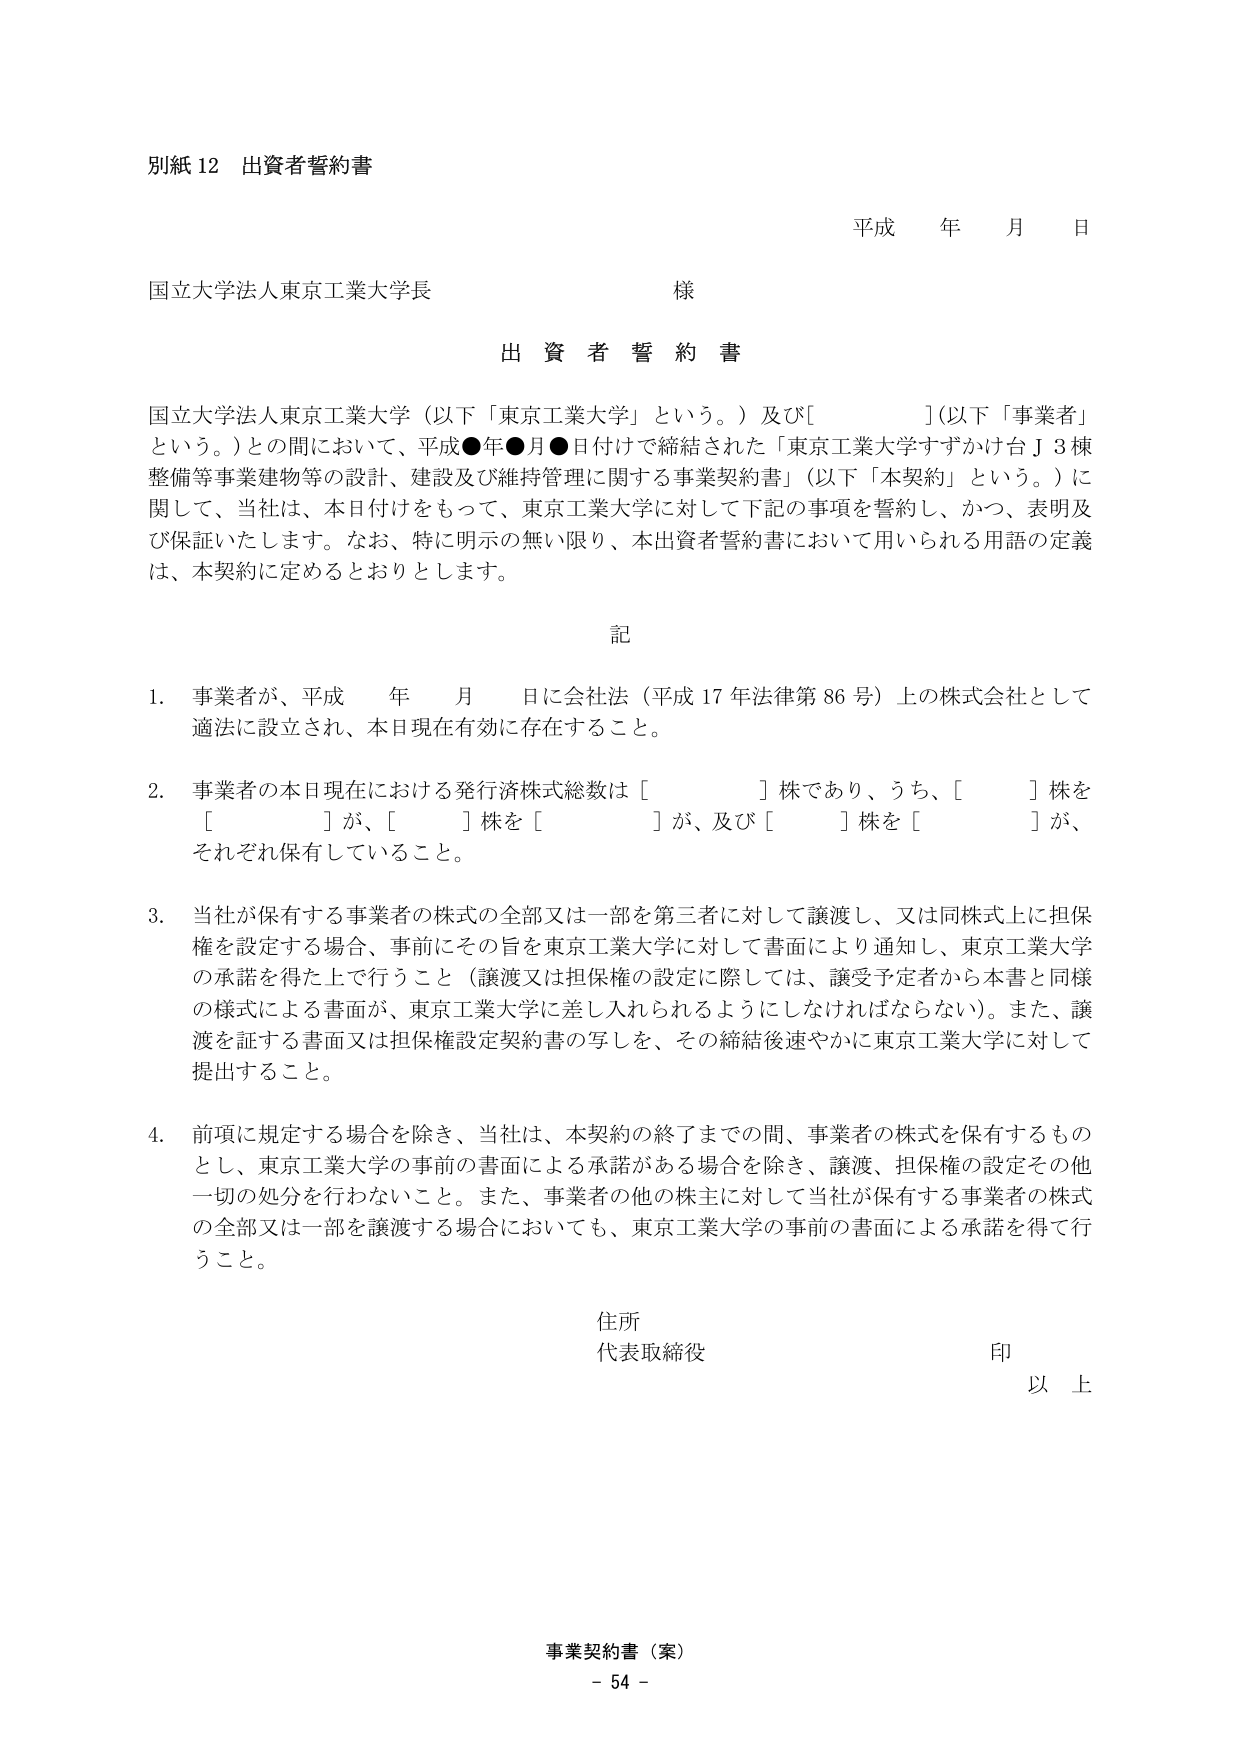
別紙12 出資者誓約書

平成 年 月 日

国立大学法人東京工業大学長 様

出 資 者 誓 約 書

国立大学法人東京工業大学（以下「東京工業大学」という。）及び[　　　　　　]（以下「事業者」という。）との間において、平成●年●月●日付けで締結された「東京工業大学すずかけ台Ｊ３棟整備等事業建物等の設計、建設及び維持管理に関する事業契約書」（以下「本契約」という。）に関して、当社は、本日付けをもって、東京工業大学に対して下記の事項を誓約し、かつ、表明及び保証いたします。なお、特に明示の無い限り、本出資者誓約書において用いられる用語の定義は、本契約に定めるとおりとします。

記

1. 事業者が、平成　年　月　日に会社法（平成17年法律第86号）上の株式会社として適法に設立され、本日現在有効に存在すること。

2. 事業者の本日現在における発行済株式総数は[　　　　　　]株であり、うち、[　　　　　　]株を[　　　　　　]が、[　　　　　　]株を[　　　　　　]が、及び[　　　　　　]株を[　　　　　　]が、それぞれ保有していること。

3. 当社が保有する事業者の株式の全部又は一部を第三者に対して譲渡し、又は同株式上に担保権を設定する場合、事前にその旨を東京工業大学に対して書面により通知し、東京工業大学の承諾を得た上で行うこと（譲渡又は担保権の設定に際しては、譲受予定者から本書と同様の様式による書面が、東京工業大学に差し入れられるようにしなければならない）。また、譲渡を証する書面又は担保権設定契約書の写しを、その締結後速やかに東京工業大学に対して提出すること。

4. 前項に規定する場合を除き、当社は、本契約の終了までの間、事業者の株式を保有するものとし、東京工業大学の事前の書面による承諾がある場合を除き、譲渡、担保権の設定その他一切の処分を行わないこと。また、事業者の他の株主に対して当社が保有する事業者の株式の全部又は一部を譲渡する場合においても、東京工業大学の事前の書面による承諾を得て行うこと。

住所

代表取締役